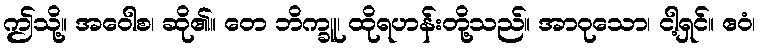
ဤသို့။ အဝေါစ၊ ဆို၏။ တေ ဘိက္ခူ၊ ထိုရဟန်းတို့သည်။ အာဝုသော၊ ငါ့ရှင်။ ဧဝံ၊